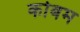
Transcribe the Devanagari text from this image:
कोबम